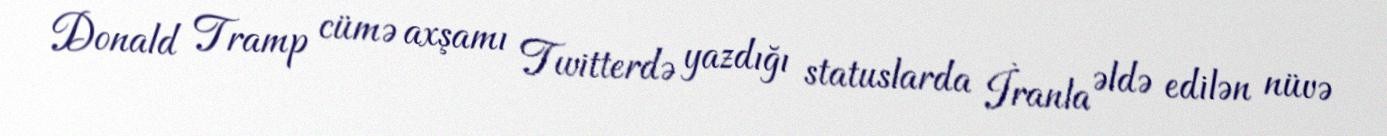
Donald Tramp cümə axşamı Twitterdə yazdığı statuslarda İranla əldə edilən nüvə